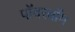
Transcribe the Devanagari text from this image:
पॉवरबॉम